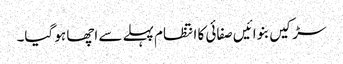
سڑکیں بنوائیں صفائی کا انتظام پہلے سے اچھا ہو گیا۔